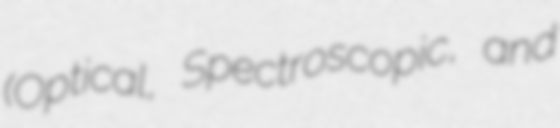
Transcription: (Optical, Spectroscopic, and